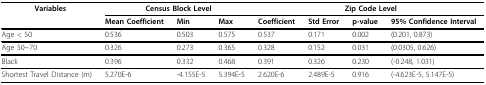
<table><thead><tr><td><b>Variables</b></td><td colspan="3"><b>Census Block Level</b></td><td colspan="4"><b>Zip Code Level</b></td></tr><tr><td>[EMPTY_CELL]</td><td><b>Mean Coefficient</b></td><td><b>Min</b></td><td><b>Max</b></td><td><b>Coefficient</b></td><td><b>Std Error</b></td><td><b>p-value</b></td><td><b>95% Confidence Interval</b></td></tr></thead><tbody><tr><td>Age &lt; 50</td><td>0.536</td><td>0.503</td><td>0.575</td><td>0.537</td><td>0.171</td><td>0.002</td><td>(0.201, 0.873)</td></tr><tr><td>Age 50~70</td><td>0.326</td><td>0.273</td><td>0.365</td><td>0.328</td><td>0.152</td><td>0.031</td><td>(0.0305, 0.626)</td></tr><tr><td>Black</td><td>0.396</td><td>0.332</td><td>0.468</td><td>0.391</td><td>0.326</td><td>0.230</td><td>(-0.248, 1.031)</td></tr><tr><td>Shortest Travel Distance (m)</td><td>5.270E-6</td><td>-4.155E-5</td><td>5.394E-5</td><td>2.620E-6</td><td>2.489E-5</td><td>0.916</td><td>(-4.623E-5, 5.147E-5)</td></tr></tbody></table>